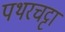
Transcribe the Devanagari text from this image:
पथरचट्टा